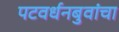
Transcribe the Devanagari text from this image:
पटवर्धनबुवांचा